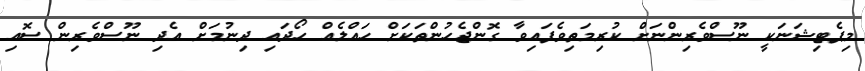
މިޕެޓިޝަނަކީ ނޫސްވެރިންނަށް ކުރިމަތިވެފައިވާ ގޮންޖެހުންތަކަށް ހައްލެއް ހޯދައި ދިނުމަށް އެދި ނޫސްވެރިން ސޮއި